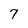
Character: 7